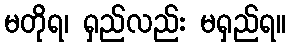
မတိုရ၊ ရှည်လည်း မရှည်ရ။